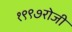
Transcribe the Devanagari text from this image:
१९९७रोजी